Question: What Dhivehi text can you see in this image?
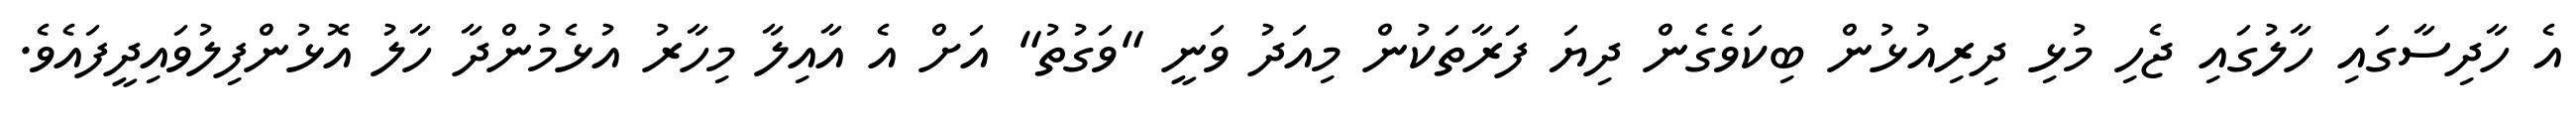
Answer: އެ ހާދިސާގައި ހާލުގައި ޖެހި މުޅި ދިރިއުޅުން ބިކަވެގެން ދިޔަ ފަރާތަކުން މިއަދު ވަނީ "ވަގުތު" އަށް އެ އާއިލާ މިހާރު އުޅެމުންދާ ހާލު އޮޅުންފިލުވައިދީފައެވެ.